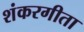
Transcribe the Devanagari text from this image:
शंकरगीता